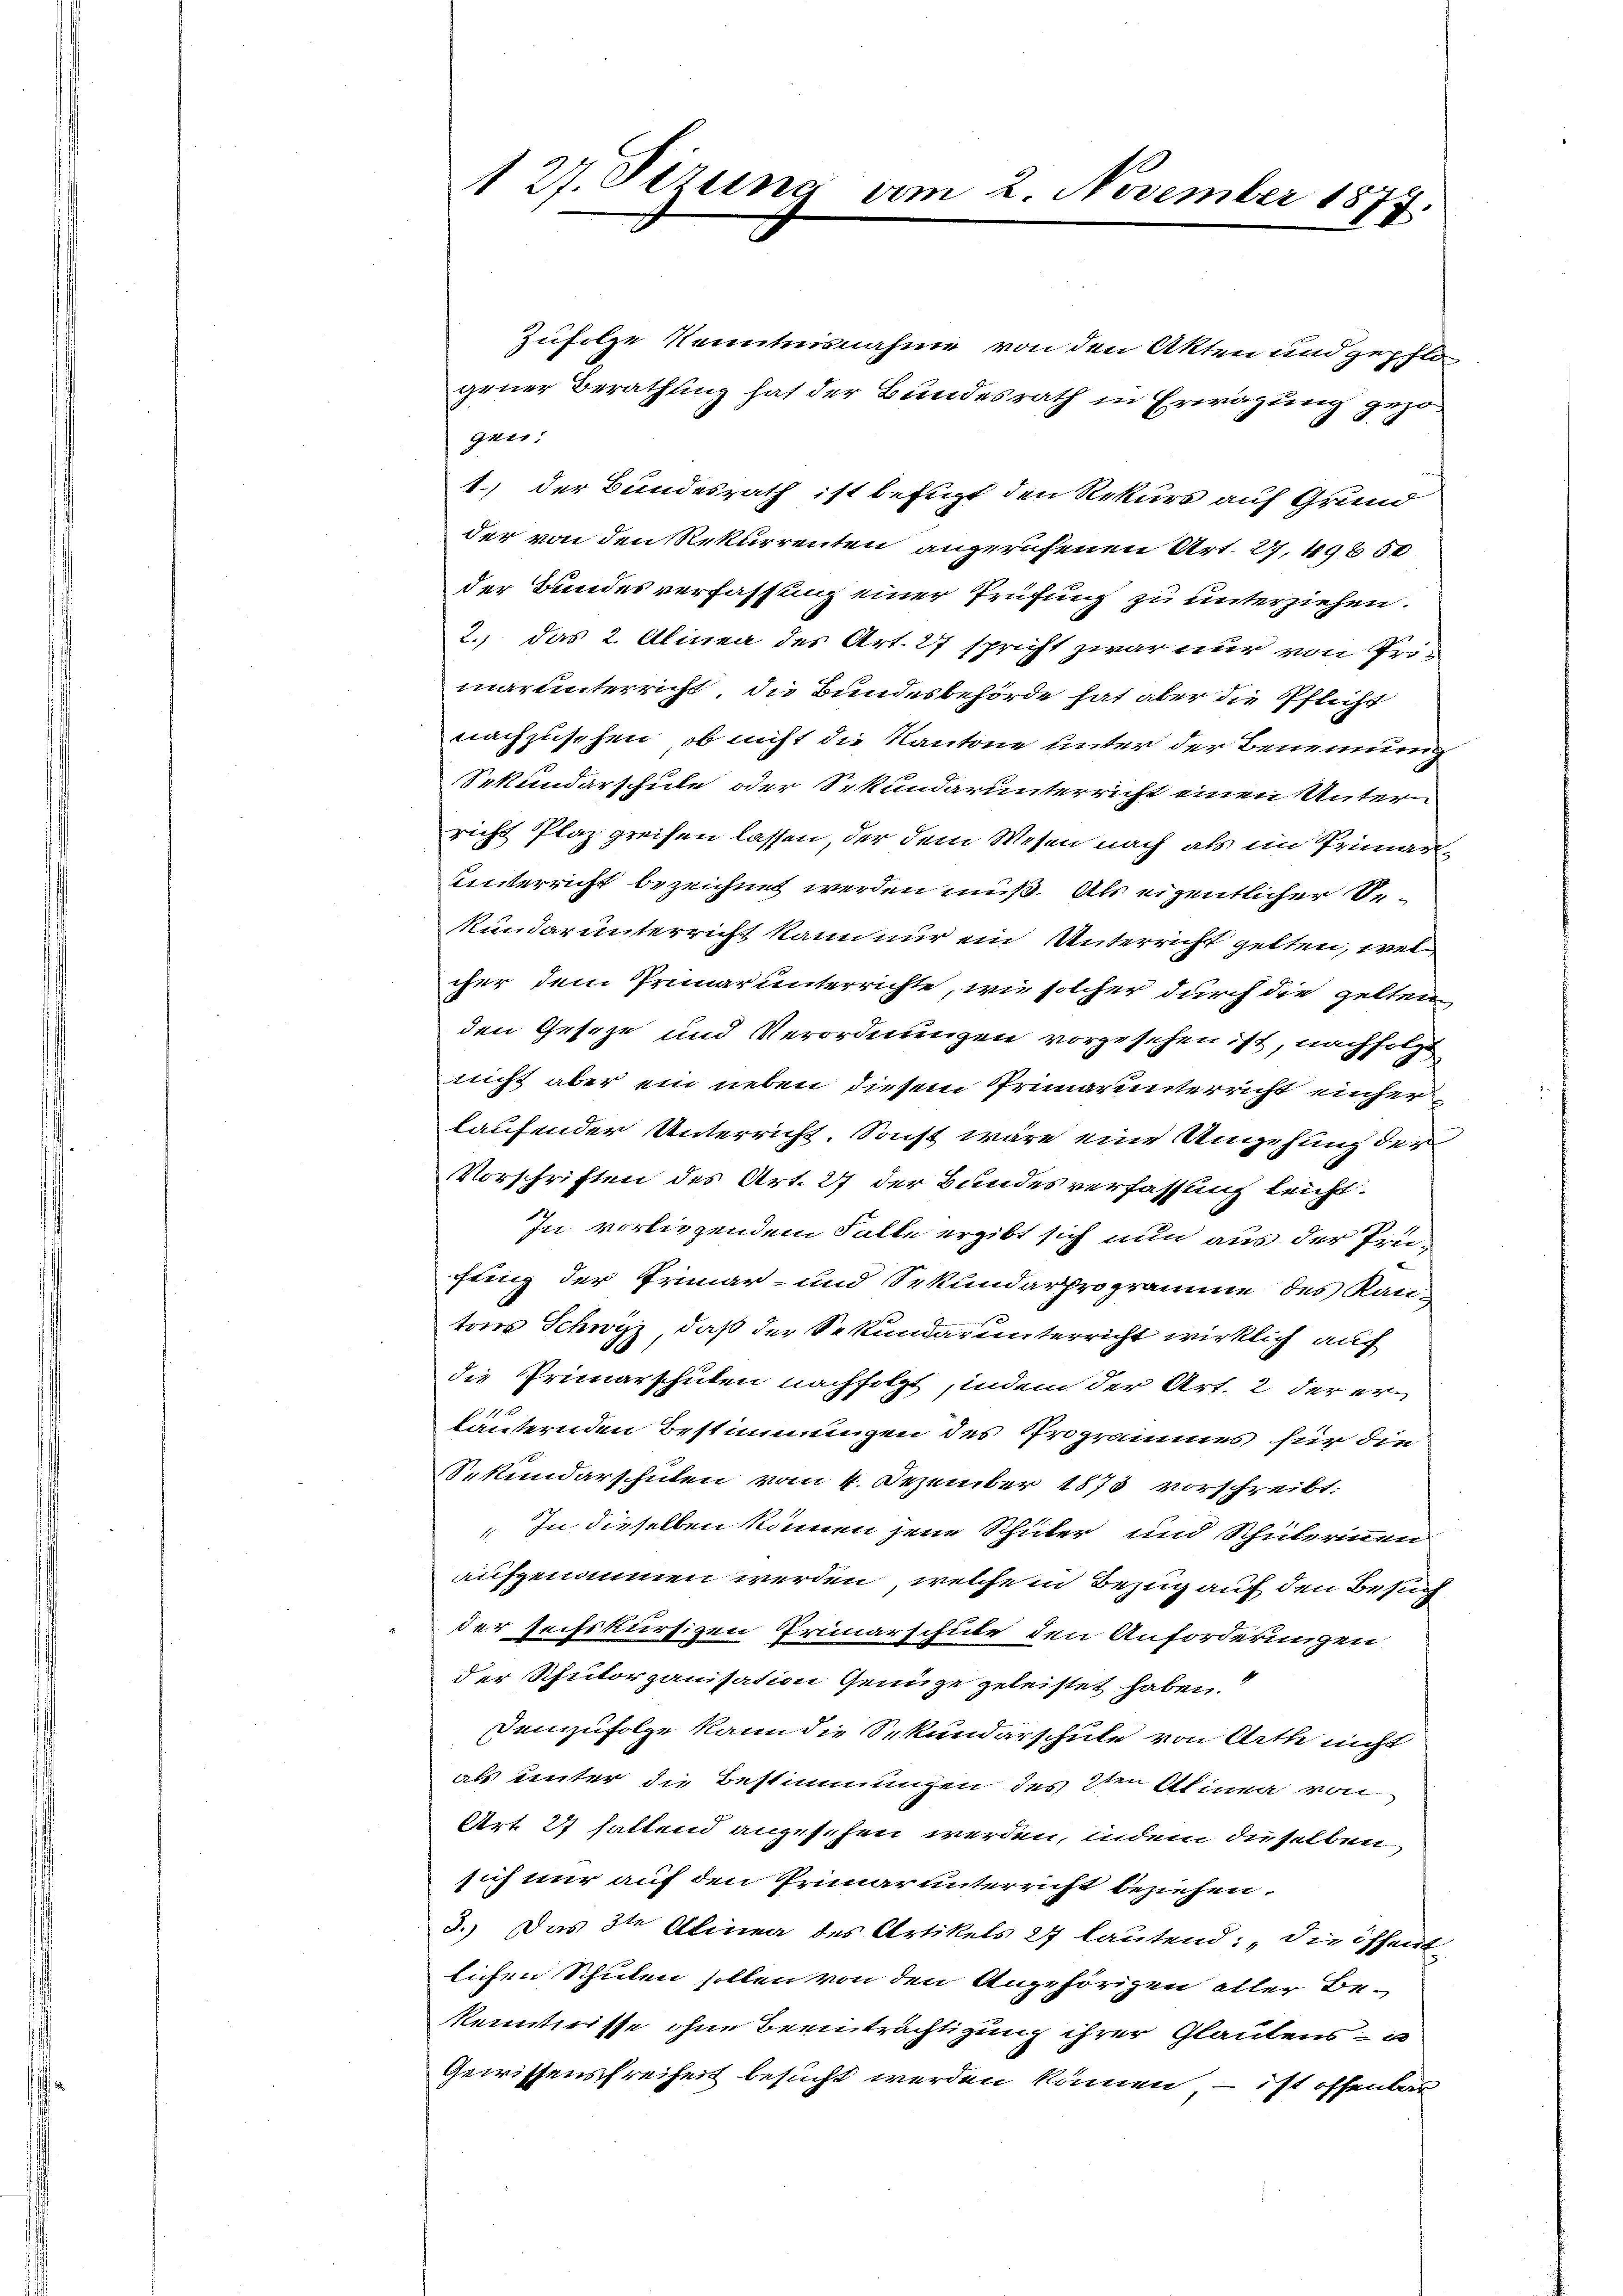
127. Sezung am 2. November 1877.

Zufolge Kenntnisnahme von den Akten und gepflo
gener Berathung hat der Bundesrath in Erwägung gezogen:
1.) der Bundesrath ist befugt den Rekurs auf Grund
der von den Rekurrenten angerufenen Art. 27, 498 50.
der Bundesverfassung einer Prüfung zu unterziehen.
2. das 2. Alinea des Art. 27 spricht zwar nur von Fris
marunterricht, die Bundesbehörde hat aber die Pflicht
nachzusehen, ob nicht die Kantone unter der Benennung
Sekundarschule oder Sekundarunterricht einen Untern
richt Plaz greifen lassen, der dem Wesen nach als im Priman¬
Unterricht bezeichnet werden muß. Als eigentlicher Se
Mundar unterricht kann nur ein Unterricht gelten, wel
cher dem Primarunterrichte, wie solcher durch die gelten
den Geseze und Verordnungen vorgesehen ist, nachfolge
nicht aber ein neben diesem Primarunterricht einher
laufender Unterricht. Sonst wäre eine Ungehung der
Vorschriften des Art. 27 der Bundesverfassung leicht.
In vorliegendem Falle ergibt sich nun aus der Prüfling der Primar- und Sekundarprogramme des Kan-
tons Schwyz, daß der Sekundarunterricht wirklich auf
die Primarschulen nachfolgt, indem der Art. 2 der ern
läuternden Bestimmungen des Programmes für die
Sekundarschulen vom 4. Dezember 1873 vorschreibt:
" In dieselben können jene Schüler und Schülerinnen
aufgenommen werden, welche in Bezug auf den Besuc
der Zechskursizen Primarschute den Anforderungen
der Schulorganisation Genüge geleistet haben?
Demzufolge kann die Sekundarschule von Arth nicht
als unter die Bestimmungen des den Alinen von
Art. 27 hattend angesehen werden, indem dieselben
sich nur auf den Primar unterricht beziehen.
3.) Das 3te Alinea des Artikels 27 lautend: „Die öffent-
lichen Schulen sollen von den Angehörigen aller Bekenntnisse ohne Beeinträchtigung ihrer Glaubens in
Gewissensfreiheit besucht werden können, – ist offenbar